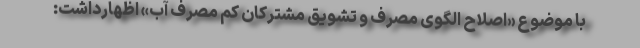
با موضوع «اصلاح الگوی مصرف و تشویق مشترکان کم مصرف آب» اظهارداشت: